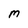
Character: M